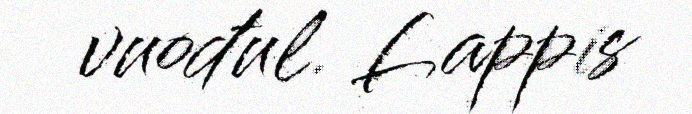
vuođul. Lappis